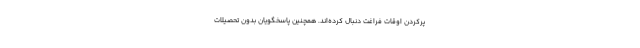
پرکردن اوقات فراغت دنبال کرده‌­اند. همچنین پاسخگویان بدون تحصیلات